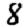
Digit: 8